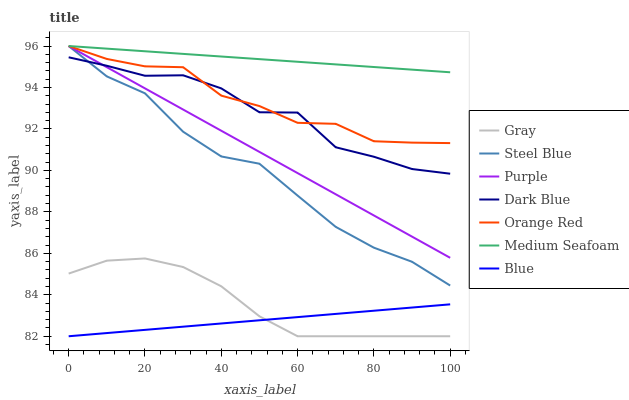
| xaxis_label | Gray | Steel Blue | Purple | Dark Blue | Orange Red | Medium Seafoam | Blue |
 | --- | --- | --- | --- | --- | --- | --- | --- |
 | 0 | 85 | 96 | 96 | 95.5 | 96 | 96 | 82 |
 | 10 | 85.6 | 94.5 | 95 | 95 | 95.4 | 95.9 | 82.2 |
 | 20 | 85.8 | 93.7 | 94 | 94.6 | 95 | 95.7 | 82.3 |
 | 30 | 85.3 | 91.9 | 92.9 | 94.6 | 95 | 95.6 | 82.5 |
 | 40 | 84.4 | 90.7 | 91.9 | 94 | 93.6 | 95.5 | 82.6 |
 | 50 | 83 | 90.3 | 90.9 | 92.8 | 93.1 | 95.4 | 82.8 |
 | 60 | 82 | 88.8 | 89.9 | 92.8 | 92.3 | 95.2 | 82.9 |
 | 70 | 82 | 87.3 | 88.8 | 91.1 | 92.2 | 95.1 | 83.1 |
 | 80 | 82 | 86.3 | 87.8 | 90.7 | 91.4 | 95 | 83.2 |
 | 90 | 82 | 85.6 | 86.8 | 90.1 | 91.3 | 94.9 | 83.4 |
 | 100 | 82 | 84.4 | 85.8 | 89.8 | 91.3 | 94.7 | 83.5 |